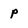
Character: p